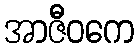
အာဇီဝကေ